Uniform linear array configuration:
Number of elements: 4
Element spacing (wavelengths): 0.5
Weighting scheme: blackman
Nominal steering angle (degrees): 30
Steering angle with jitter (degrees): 31.655
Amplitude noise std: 0.05
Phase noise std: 0.05

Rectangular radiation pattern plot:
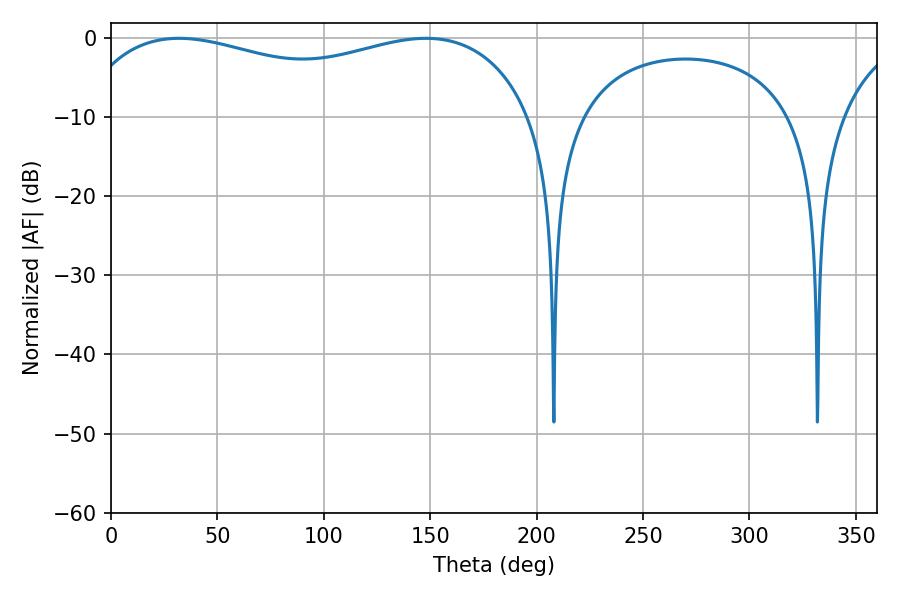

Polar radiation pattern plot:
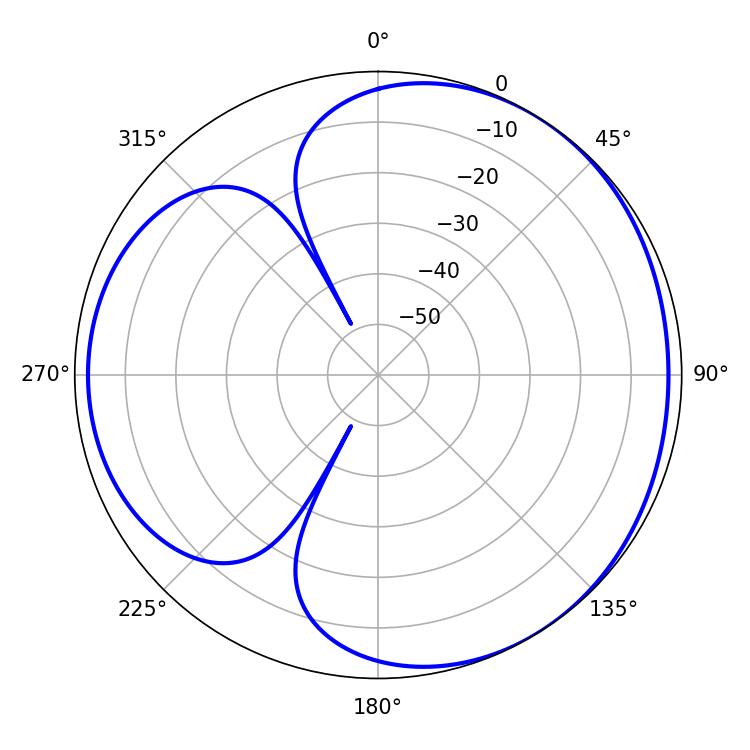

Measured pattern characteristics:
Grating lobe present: FALSE
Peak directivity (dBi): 3.515
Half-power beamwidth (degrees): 176.4
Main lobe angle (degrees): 32.04